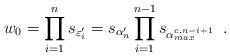
LaTeX: \begin{align*} w_0 = \prod\limits_{i=1}^n s_{\varepsilon'_i} = s_{\alpha'_n}\prod\limits_{i=1}^{n-1} s_{\alpha^{c,n-i+1}_{max}} \;\;.\end{align*}